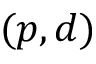
( p , d )